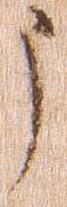
う